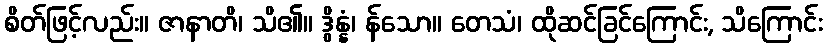
စိတ်ဖြင့်လည်း။ ဇာနာတိ၊ သိ၏။ ဒွိန္နံ၊ န်သော။ တေသံ၊ ထိုဆင်ခြင်ကြောင်း, သိကြောင်း